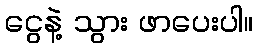
ငွေနဲ့ သွား ဖာပေးပါ။